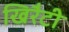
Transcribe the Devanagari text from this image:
खिरैटी